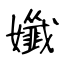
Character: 孅